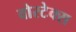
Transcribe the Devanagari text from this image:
वोरटेक्स